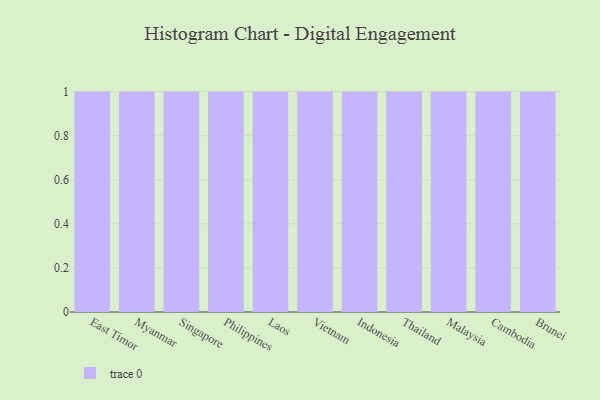
{"axis": {"x": "Country", "y": "Demand Index"}, "legend": [""], "data": [{"x": "East Timor", "y": 30, "type": ""}, {"x": "Myanmar", "y": 97, "type": ""}, {"x": "Singapore", "y": 43, "type": ""}, {"x": "Philippines", "y": 80, "type": ""}, {"x": "Laos", "y": 44, "type": ""}, {"x": "Vietnam", "y": 10, "type": ""}, {"x": "Indonesia", "y": 56, "type": ""}, {"x": "Thailand", "y": 29, "type": ""}, {"x": "Malaysia", "y": 27, "type": ""}, {"x": "Cambodia", "y": 100, "type": ""}, {"x": "Brunei", "y": 93, "type": ""}]}